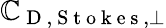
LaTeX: \mathbb{C}_{\mathrm{{~D~,~S~t~o~k~e~s~}},\perp}